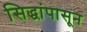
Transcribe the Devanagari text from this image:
सिद्धांपासून